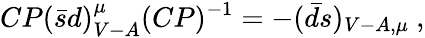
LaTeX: CP(\bar{s}d)_{V-A}^{\mu}(CP)^{-1}=-(\bar{d}s)_{V-A,\mu}~,